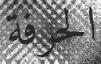
الحرفة